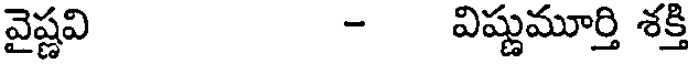
వైష్ణవి - విష్ణుమూర్తి శక్తి